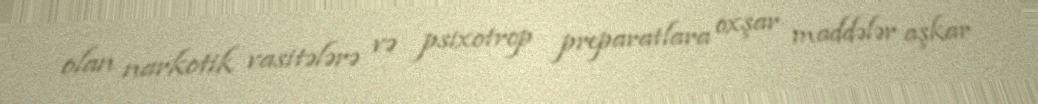
olan narkotik vasitələrə və psixotrop preparatlara oxşar maddələr aşkar